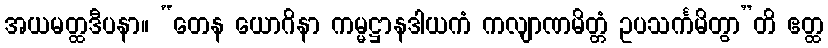
အယမတ္ထဒီပနာ။ “တေန ယောဂိနာ ကမ္မဋ္ဌာနဒါယကံ ကလျာဏမိတ္တံ ဥပသင်္ကမိတွာ”တိ ဧတ္ထ